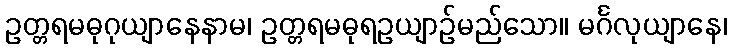
ဥတ္တရမဓုဂုယျာနေနာမ၊ ဥတ္တရမဓုရဥယျာဉ်မည်သော။ မင်္ဂလုယျာနေ၊